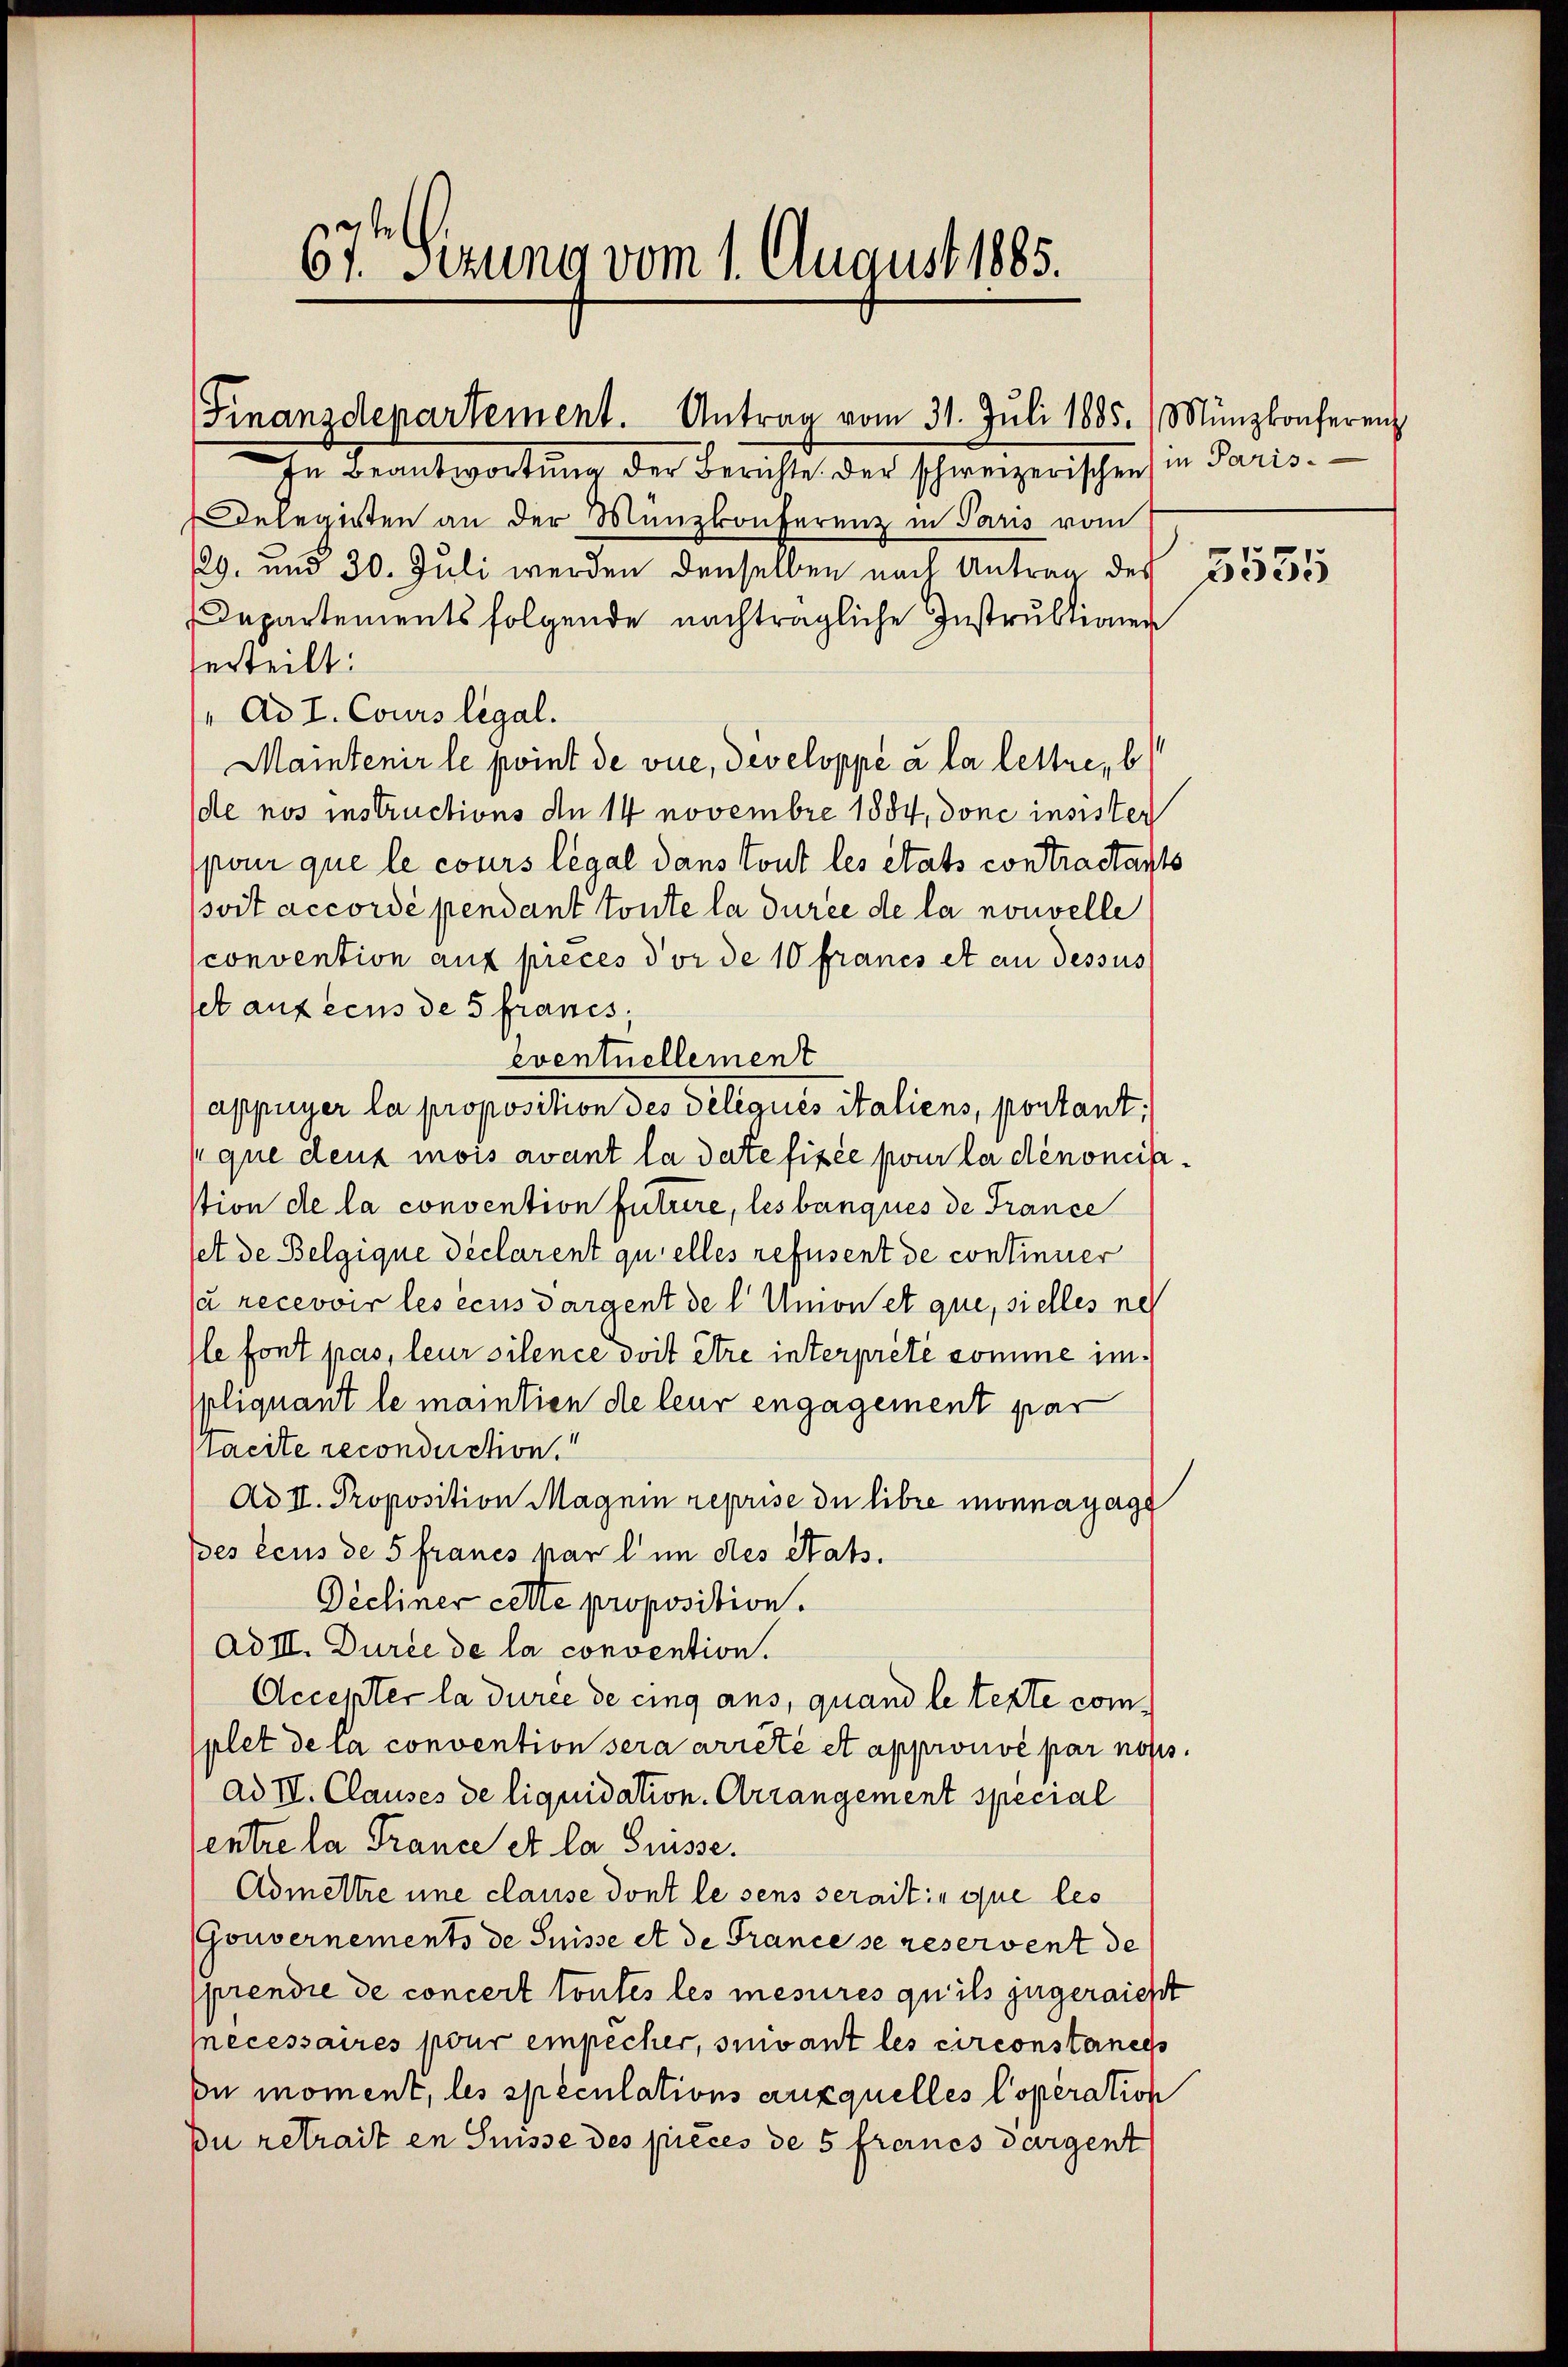
e
61. Sezung vom 1. August 1885.

Finanzdepartement. Antrag vom 31. Jŭli 1885. Münzkonferenz

In Beantwortung der Berichte. Der schweizerischen in Paris¬
Delegirten an der Münzkonferenz in Paris vom
129. und 30. Juli werden denselben nach Antrag des 3535
Departementsfolgende nachträgliche Instruktionen
erteilt:
 Ad I. Cours legal.
Maintenir le point de vue, developpé à la lettre, b
de nos instructions den 14 novembre 1884, done insister
pon que le cours legal dans tout les états contrastants
soit accordé pendant toute la durée de la nouvelle
convention auf précés dor de 10 francs et an dessus
set auf eins de 5 francs,
eventuellement
appuyer la proposition des délégués italiens, portant,
que deux mois avant la date fixée pour la dénoncistion de la convention futrire, les banques de France
set de Belgique declarent quelles refusent de continuer
ja recevoir les écus dargent de l. Union et que, sielles neh
Ile font pas, leur silence doit être interprete somme imppliquant le maintien die leur engagement par
Tacite reconduction.
Ad II. Proposition Magnin reprise du libre monnayage
pes écus de 5 francs par l in des Stat.
Décliner cette proposition.
Ad III. Durée de la convention.
Accepter la durée de cing ans, quand le texte complet dera convention sera arrêté et approuvé par noss
ad III. Clauses de liquidation. Arrangement special
Centre la France et la Suisse.
Admettre une clause dont le sens serait que les
Gouvernements de Suisse et de France se reservent de
sprendie de concert toutes les mesures qu’ils zugereicht
ecessaires pour empêcher, suivant les circonstances
ou moment, les speculations auxquelles Coperation
Du retrait en Suisse des pièces de 5 freines dargent